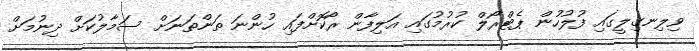
ވިލިނގިލީގައި ފުލުހުން ޕެޓްރޯލް ކުރުމުގައި އަލިފާން ރޯކޮށްފައި ހުންނަ ތަންތަނަށް ސަމާލުކަށް ދިނުމަށް